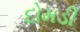
દોમડી